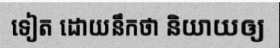
ទៀត ដោយនឹកថា និយាយឲ្យ